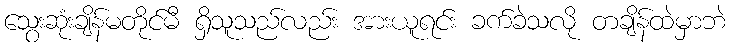
သွေးဆုံးချိန်မတိုင်မီ ရှိသူသည်လည်း အားယူရင်း ခက်ခဲသလို တချိန်ထဲမှာဘဲ